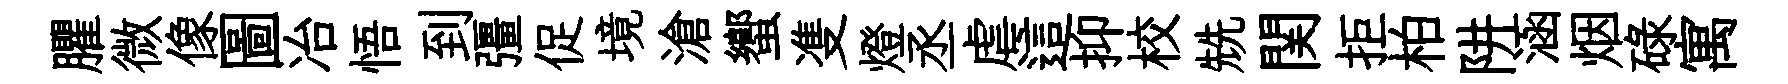
臞微像圖冶悟到彊促境滄蠁㕠燈丞虐這抑校兟関拒柏阱涵烟碌寓